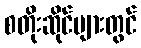
စတိုးဆိုင်များတွင်